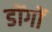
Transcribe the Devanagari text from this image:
डोंगों